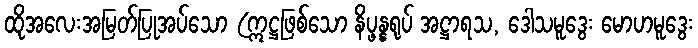
ထိုအလေးအမြတ်ပြုအပ်သော (ဣဋ္ဌဖြစ်သော နိပ္ဖန္နရုပ် အဋ္ဌာရသ, ဒေါသမူဒွေး မောဟမူဒွေး